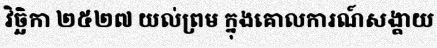
វិច្ឆិកា ២៥២៧ យល់ព្រម ក្នុងគោលការណ៍សង្គាយ